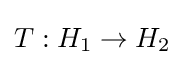
T:H_{1}\to H_{2}